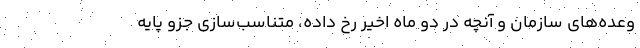
وعده‌های سازمان و آنچه در دو ماه اخیر رخ داده، متناسب‌سازی جزو پایه